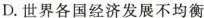
D.世界各国经济发展不均衡